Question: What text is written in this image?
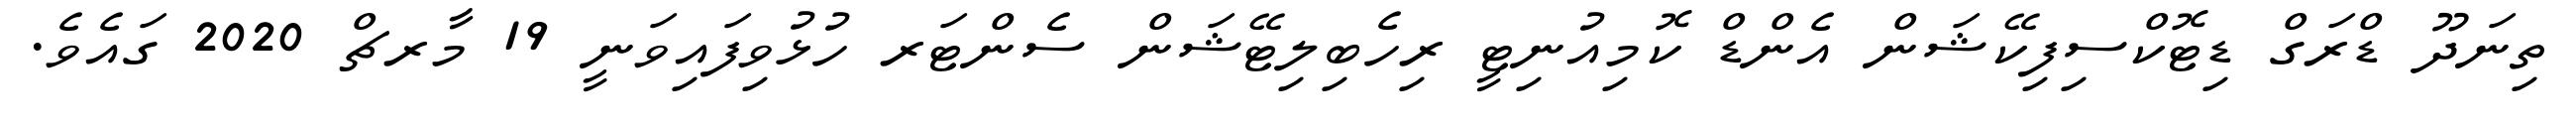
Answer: ތިނަދޫ ޑްރަގް ޑިޓޮކްސިފިކޭޝަން އެންޑް ކޮމިއުނިޓީ ރިހެބިލިޓޭޝަން ސެންޓަރ ހުޅުވިފައިވަނީ 19 މާރޗް 2020 ގައެވެ.